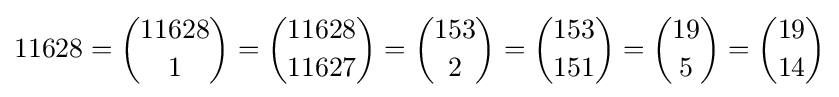
11628={11628 \choose 1}={11628 \choose 11627}={153 \choose 2}={153 \choose 151}={19 \choose 5}={19 \choose 14}